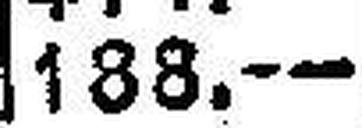
188.—